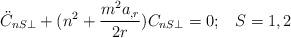
LaTeX: \begin{align*}\ddot{C}_{nS\perp}+(n^2+\frac{m^2 a_{,r}}{2r})C_{nS\perp}=0;\;\;\;S=1,2\end{align*}